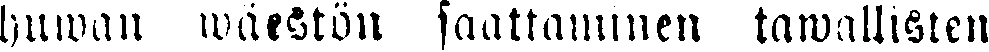
huwan wäestön saattaminen tawallisten